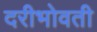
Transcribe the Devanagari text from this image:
दरीभोवती